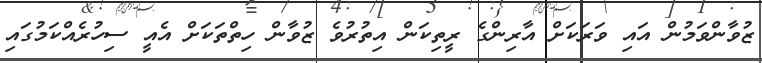
ޒުވާންވަމުން އައި ވަރަކަށް އާރިންގެ ރީތިކަން އިތުރުވެ ޒުވާން ހިތްތަކަށް އެއީ ސިހުރެއްކަމުގައި